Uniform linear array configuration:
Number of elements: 16
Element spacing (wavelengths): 0.25
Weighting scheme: hann
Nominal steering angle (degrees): -45
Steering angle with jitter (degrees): -44.731
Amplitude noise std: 0.05
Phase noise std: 0.05

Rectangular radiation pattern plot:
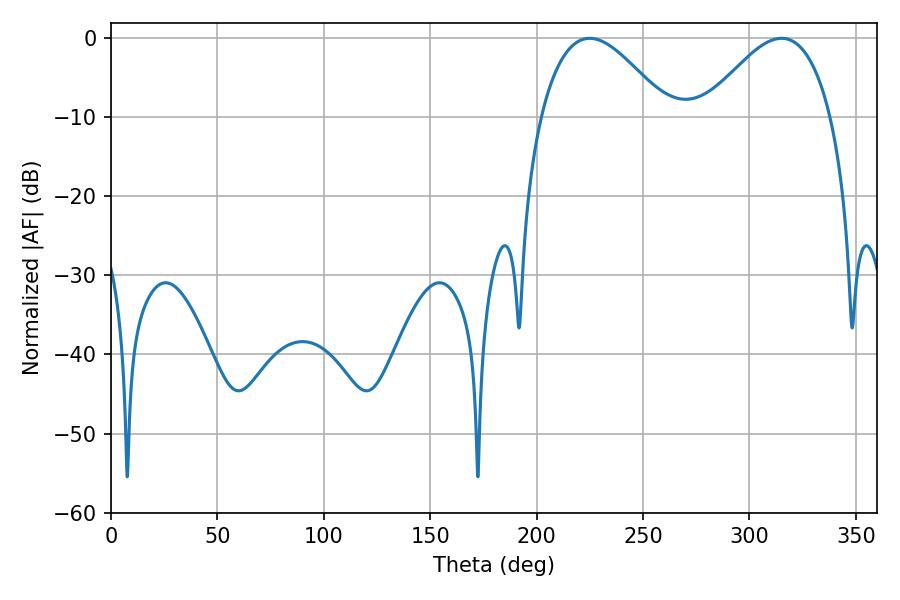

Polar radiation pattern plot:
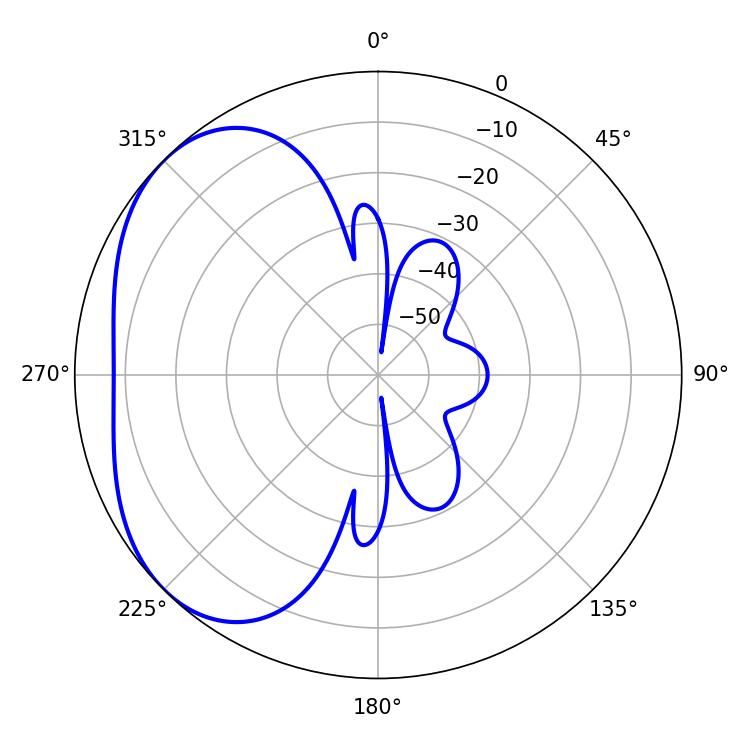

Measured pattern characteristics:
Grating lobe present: FALSE
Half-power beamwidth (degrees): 32.4
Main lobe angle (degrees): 224.82